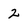
Character: 2